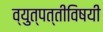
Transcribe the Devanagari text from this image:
व्युत्पत्तीविषयी